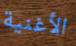
الأغنية